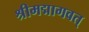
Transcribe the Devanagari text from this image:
श्रीमद्मागवत्